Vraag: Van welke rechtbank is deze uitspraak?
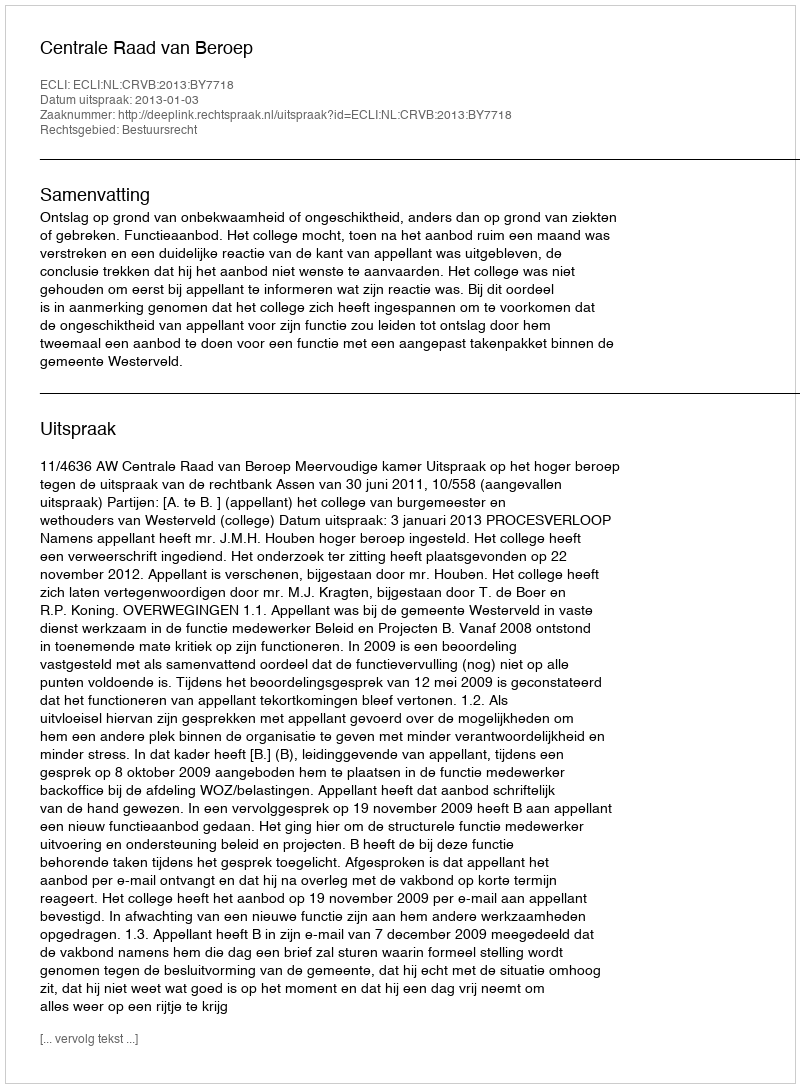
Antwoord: Centrale Raad van Beroep